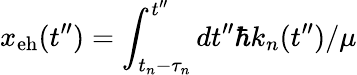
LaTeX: x_{\mathrm{eh}}(t^{\prime\prime})=\int_{t_{n}-\tau_{n}}^{t^{\prime\prime}}dt^{\prime\prime}{\hbar k_{n}(t^{\prime\prime})}/{\mu}